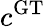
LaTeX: c^{\mathrm{GT}}